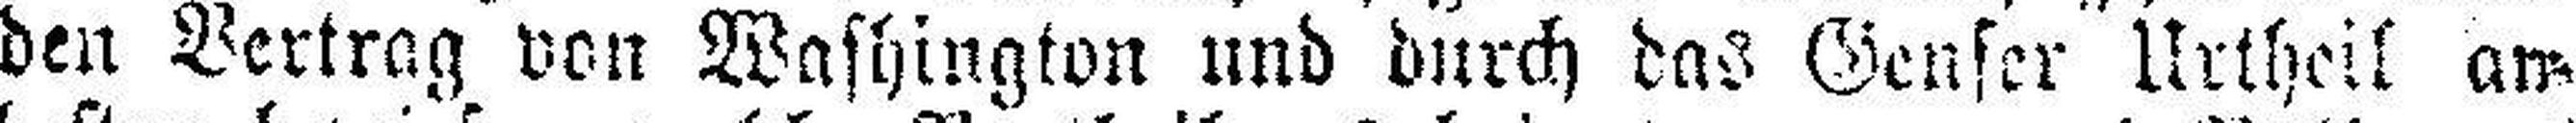
den Vertrag von Washington und durch das Genser Urtheil am